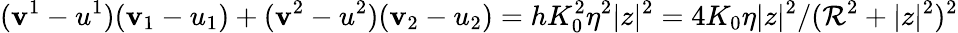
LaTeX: (\mathbf{v}^{1}-u^{1})(\mathbf{v}_{1}-u_{1})+(\mathbf{v}^{2}-u^{2})(\mathbf{v}_{2}-u_{2})=hK_{0}^{2}\eta^{2}|z|^{2}=4K_{0}\eta|z|^{2}/(\mathcal{R}^{2}+|z|^{2})^{2}